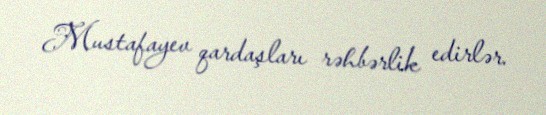
Mustafayev qardaşları rəhbərlik edirlər.